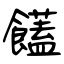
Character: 饚